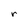
Character: r